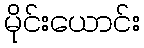
မိုင်းယောင်း